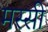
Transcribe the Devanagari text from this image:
मस्सी